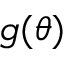
g ( \theta )